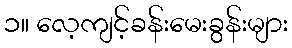
၁။ လေ့ကျင့်ခန်းမေးခွန်းများ